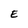
Character: E